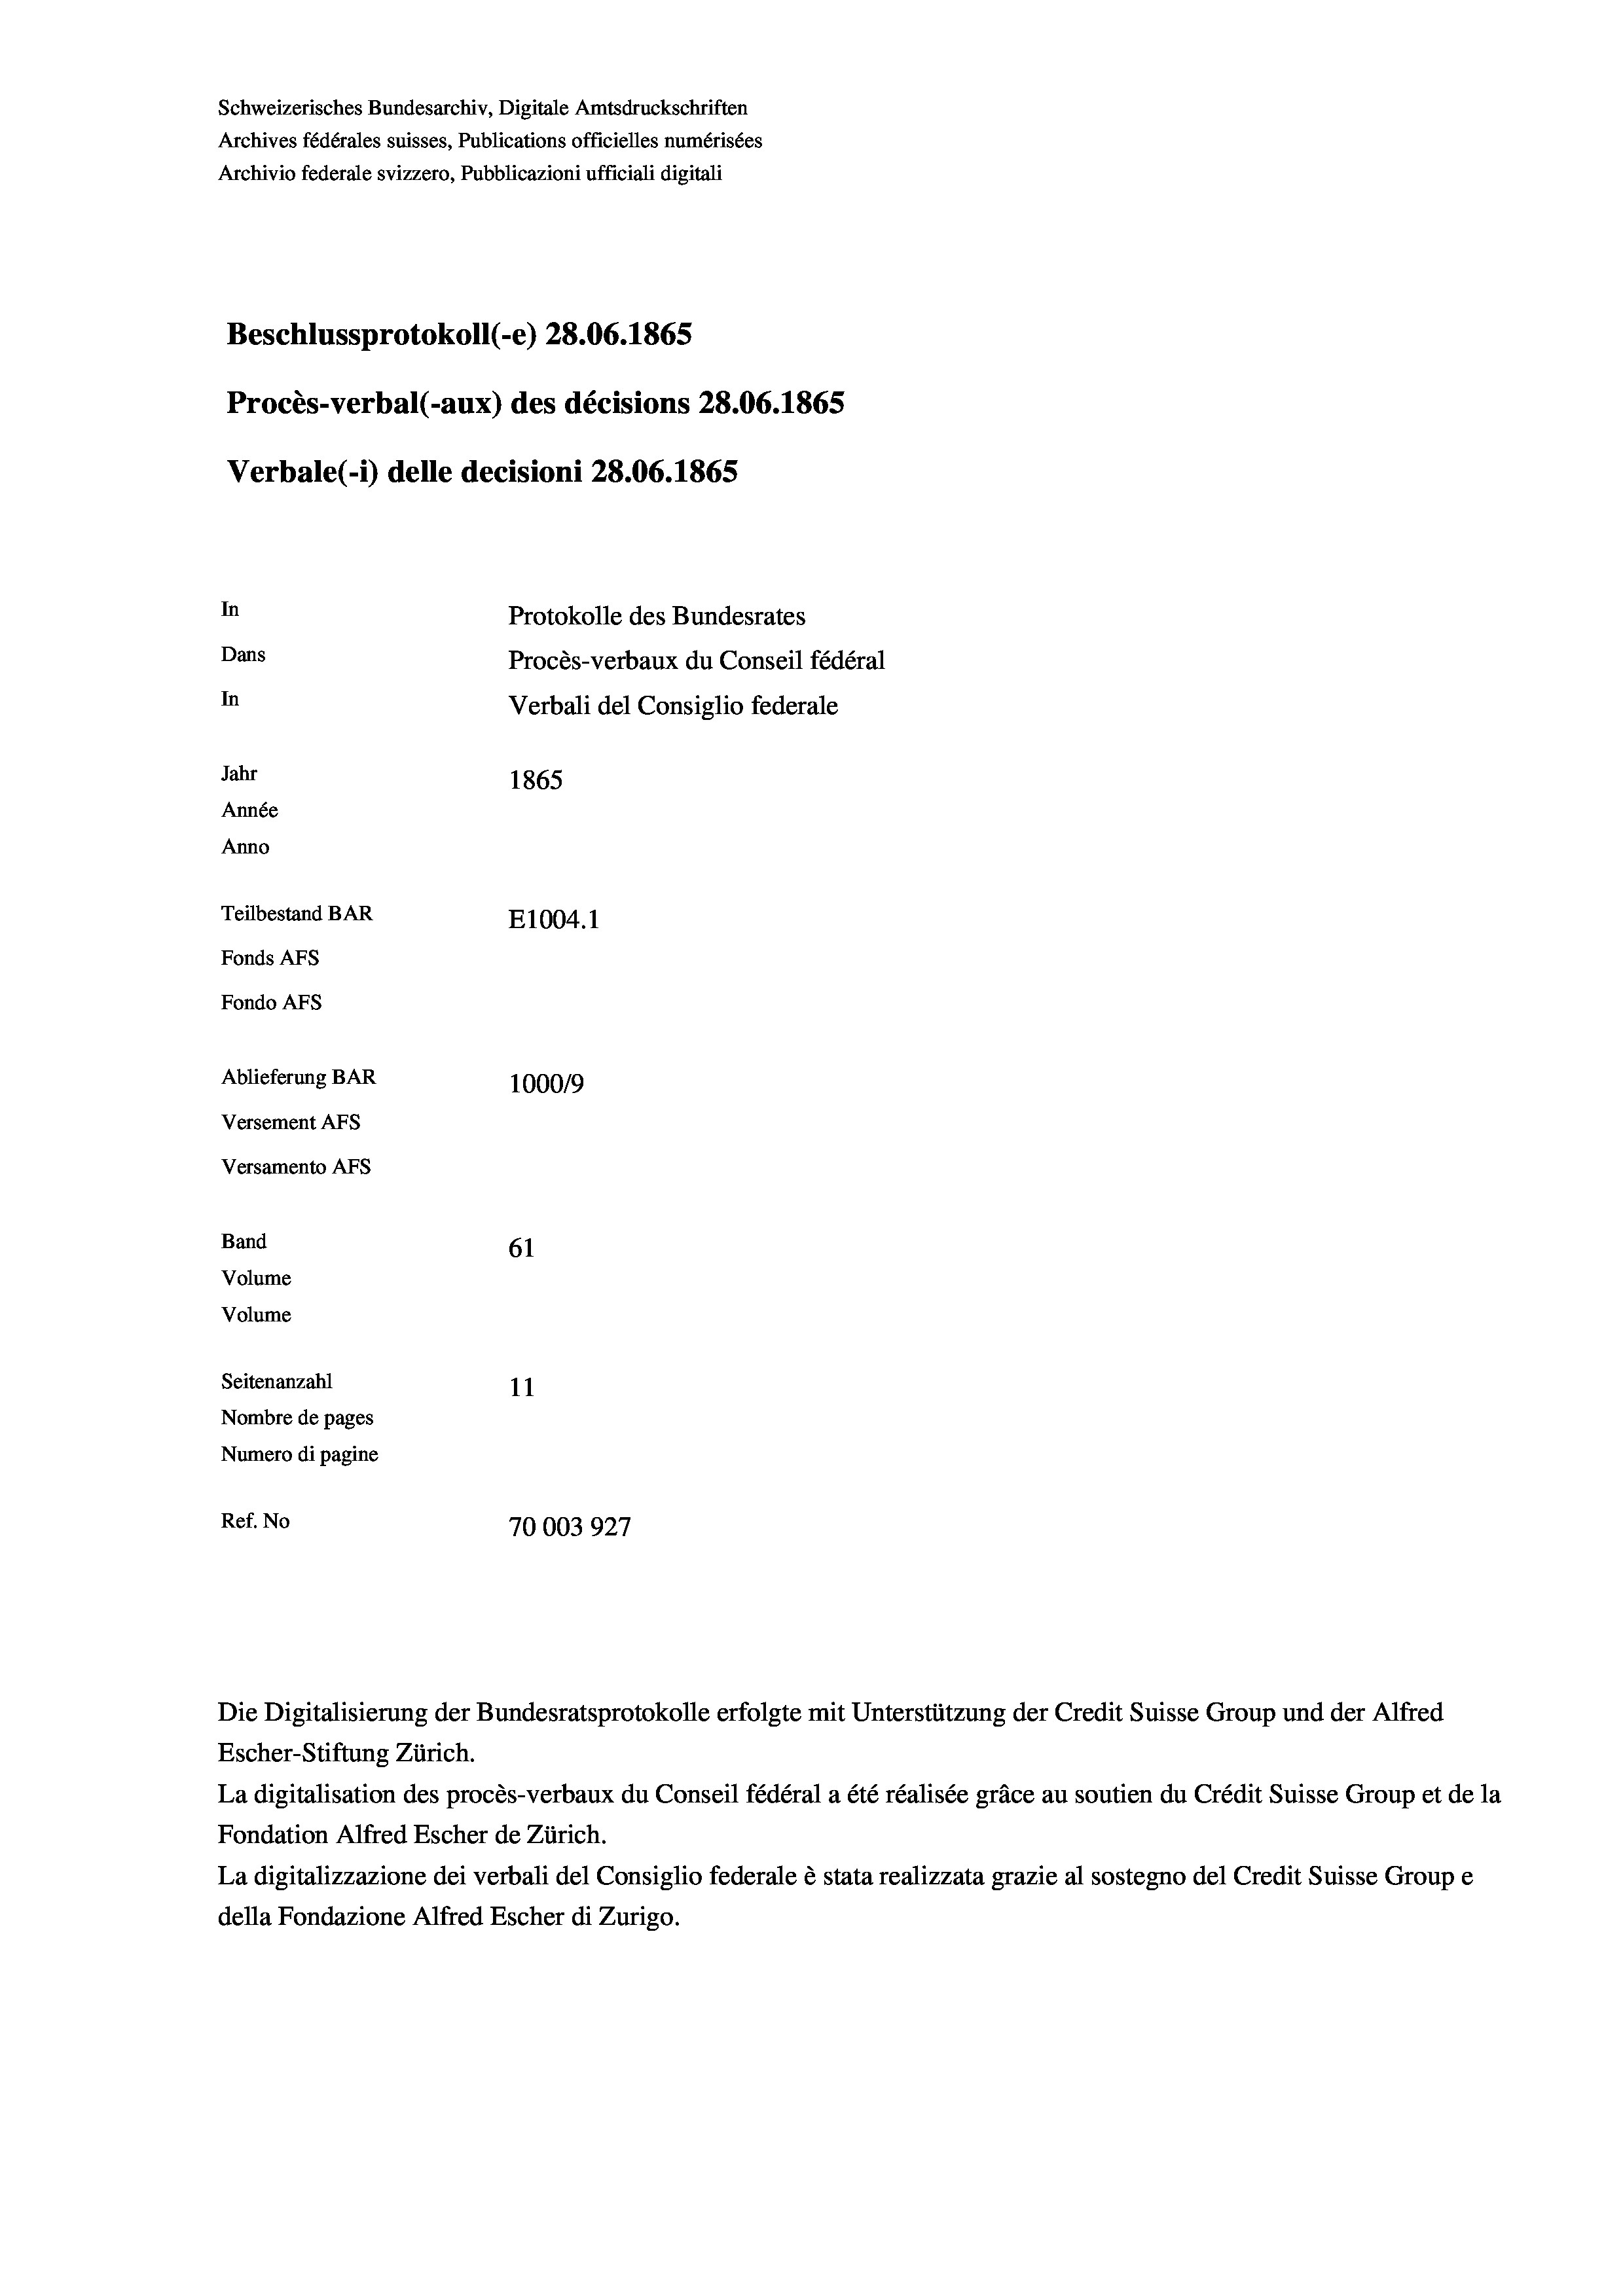
Schweizerisches Bundesarchiv, Digitale Amtsdruckschriften
Archives fédérales suisses, Publications officielles numérisées
Archivio federale svizzero, Pubblicazioni ufficiali digitali
Beschlussprotokoll (-e) 28.06. 1865
Procès-verbal (-aux) des décisions 28.06. 1865
Verbale (i) delle decisioni 28.06. 1865
In
Protokolle des Bundesrates
Dans
Procès-verbaux du Conseil fédéral
In
Verbali del Consiglio federale
Jahr
1865
Année
Anno
Teilbestand BAR
E1004.1
Fonds AFs
Fondo AFS
Ablieferung BAR
100019
Versement Abs
Versamento Afs
Band
61
Volume
Volume
Seitenanzahl
11
Nombre de pages
Numero di pagine
Ref. No
10003927

Die Digitalisierung der Bundesratsprotokolle erfolgte mit Unterstützung der Credit Suisse Group und der Alfred

Escher-Stiftung Zürich.
La digitalisation des procès-verbaux du Conseil fédéral a été réalisée gräce au soutien du Crédit Suisse Group et de la
Fondation Alfred Escher de Zürich.
La digitalizzazione dei verbali del Consiglio federale è stata realizzata grazie al sostegno del Credit Suisse Groupe
della Fondazione Alfred Escher di Zurigo.